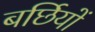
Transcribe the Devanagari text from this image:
बर्छियों